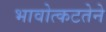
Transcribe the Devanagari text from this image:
भावोत्कटतेने